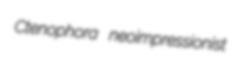
Ctenophora neoimpressionist